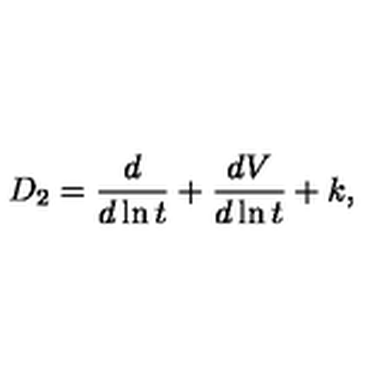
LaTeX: D _ { 2 } = \frac { d } { d \ln t } + \frac { d V } { d \ln t } + k ,